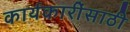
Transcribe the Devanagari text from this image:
कार्यकारींसाठी